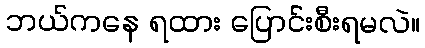
ဘယ်ကနေ ရထား ပြောင်းစီးရမလဲ။